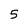
Character: 5